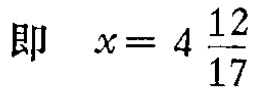
即 \(x = 4\frac{12}{17}\)